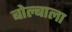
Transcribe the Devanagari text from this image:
बोल्बाला